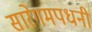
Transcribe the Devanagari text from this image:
सारेगमपधनी